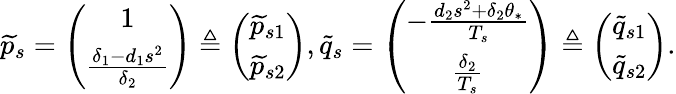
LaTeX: \widetilde{p}_{s}=\left(\begin{array}{c}{1}\\ {\frac{\delta_{1}-d_{1}s^{2}}{\delta_{2}}}\end{array}\right)\triangleq\left(\begin{array}{c}{\widetilde{p}_{s1}}\\ {\widetilde{p}_{s2}}\end{array}\right),\widetilde{q}_{s}=\left(\begin{array}{c}{-\frac{d_{2}s^{2}+\delta_{2}\theta_{*}}{T_{s}}}\\ {\frac{\delta_{2}}{T_{s}}}\end{array}\right)\triangleq\left(\begin{array}{c}{\widetilde{q}_{s1}}\\ {\widetilde{q}_{s2}}\end{array}\right).